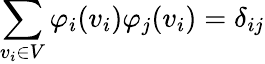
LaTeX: \sum_{v_{i}\in V}\varphi_{i}(v_{i})\varphi_{j}(v_{i})=\delta_{ij}